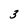
Character: 3